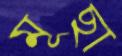
মূছা